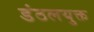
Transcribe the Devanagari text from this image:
डंठलयुक्त